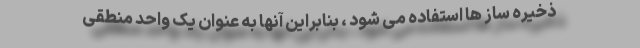
ذخیره ساز ها استفاده می شود ، بنابراین آنها به عنوان یک واحد منطقی